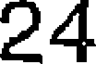
24